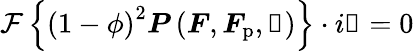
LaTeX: \mathcal{F}\left\{ \left(1-\phi\right)^{2}\boldsymbol{P}\left(\boldsymbol{F},\boldsymbol{F}_{\mathrm{p}},\boldsymbol{\upalpha}\right)\right\} \cdot i\boldsymbol{\upxi}=0